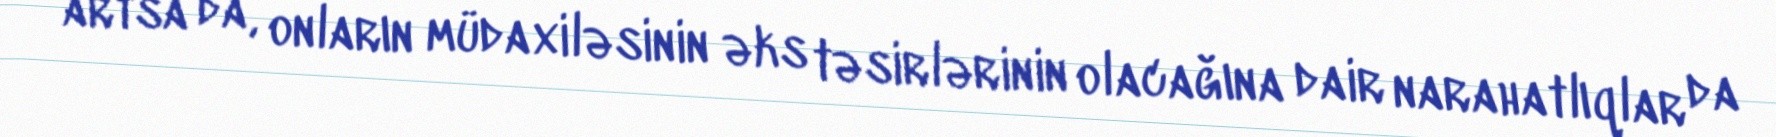
artsa da, onların müdaxiləsinin əks təsirlərinin olacağına dair narahatlıqlar da